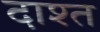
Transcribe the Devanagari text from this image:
दाश्त